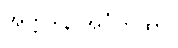
အတ္တဒါန အင်္ဂကထာ။